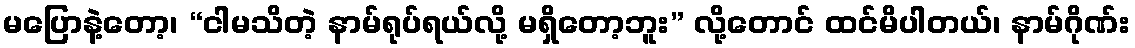
မပြောနဲ့တော့၊ “ငါမသိတဲ့ နာမ်ရုပ်ရယ်လို့ မရှိတော့ဘူး” လို့တောင် ထင်မိပါတယ်၊ နာမ်ဂိုဏ်း